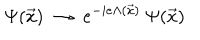
\Psi ( \vec { x } ) \; \rightarrow \; e ^ { - i e \Lambda ( \vec { x } ) } \: \Psi ( \vec { x } )